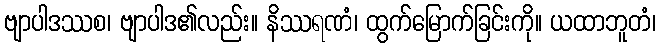
ဗျာပါဒဿစ၊ ဗျာပါဒ၏လည်း။ နိဿရဏံ၊ ထွက်မြောက်ခြင်းကို။ ယထာဘူတံ၊